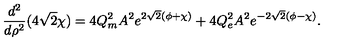
\frac { d ^ { 2 } } { d \rho ^ { 2 } } ( 4 \sqrt { 2 } \chi ) = 4 Q _ { m } ^ { 2 } A ^ { 2 } e ^ { 2 \sqrt { 2 } ( \phi + \chi ) } + 4 Q _ { e } ^ { 2 } A ^ { 2 } e ^ { - 2 \sqrt { 2 } ( \phi - \chi ) } .